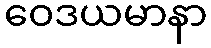
ဝေဒယမာနာ